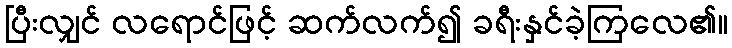
ပြီးလျှင် လရောင်ဖြင့် ဆက်လက်၍ ခရီးနှင်ခဲ့ကြလေ၏။